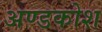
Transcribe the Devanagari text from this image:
अण्डकोश